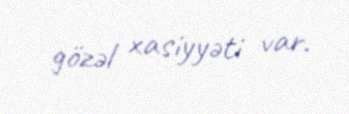
gözəl xasiyyəti var.